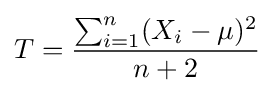
T={\frac {\sum _{i=1}^{n}(X_{i}-\mu )^{2}}{n+2}}